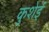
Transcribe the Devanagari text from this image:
कुशेई